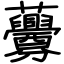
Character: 虋